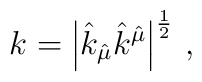
k=\left|\hat{k}_{\hat{\mu}}\hat{k}^{\hat{\mu}}\right|^{\frac{1}{2}}\, ,